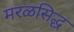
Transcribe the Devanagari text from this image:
मरळसिद्ध